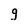
Character: g